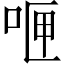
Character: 𪡄